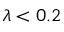
\lambda < 0 . 2